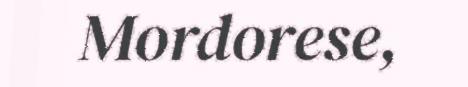
Mordorese,